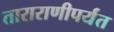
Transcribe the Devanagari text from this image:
ताराराणीपर्यंत